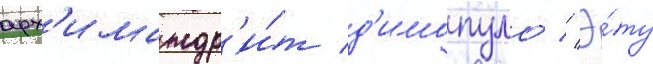
арх'имандр'и́т д'имопуло // Э́ту